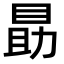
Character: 𪾫